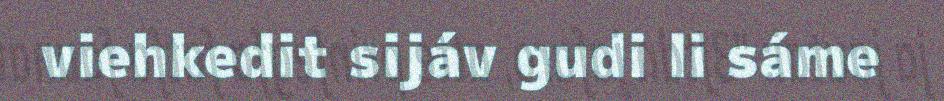
viehkedit sijáv gudi li sáme